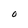
Character: O